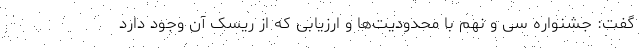
گفت: جشنواره سی و نهم با محدودیت‌ها و ارزیابی که از ریسک آن وجود دارد